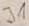
Text: J1